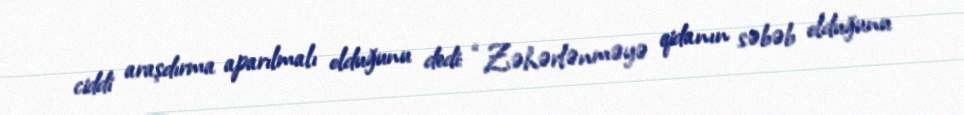
ciddi araşdırma aparılmalı olduğunu dedi: “Zəhərlənməyə qidanın səbəb olduğunu